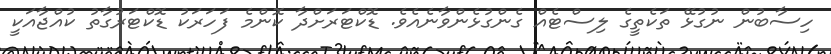
ހިސާބުން ނުގުޅޭ ތަކެތީގެ ލިސްޓެއް ގެންގުޅެންވާނެއެވެ. ޑޮކްޓަރަށްދާ ކޮންމެ ފަހަރަކު ޑޮކްޓަރުގާތު ކުއްޖާއަކީ